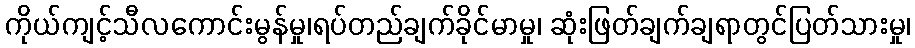
ကိုယ်ကျင့်သီလကောင်းမွန်မှု၊ရပ်တည်ချက်ခိုင်မာမှု၊ ဆုံးဖြတ်ချက်ချရာတွင်ပြတ်သားမှု၊